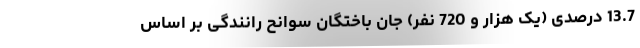
13.7 درصدی (یک هزار و 720 نفر) جان باختگان سوانح رانندگی بر اساس